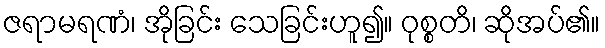
ဇရာမရဏံ၊ အိုခြင်း သေခြင်းဟူ၍။ ဝုစ္စတိ၊ ဆိုအပ်၏။